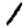
Digit: 1